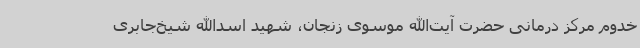
خدوم مرکز درمانی حضرت آیت‌الله موسوی زنجان، شهید اسدالله شیخ‌جابری